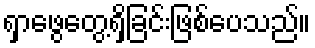
ရှာဖွေတွေ့ရှိခြင်းဖြစ်ပေသည်။